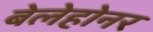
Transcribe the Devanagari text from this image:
बेलेहोनर